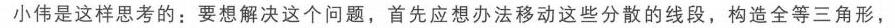
小伟是这样思考的：要想解决这个问题，首先应想办法移动这些分散的线段，构造全等三角形，